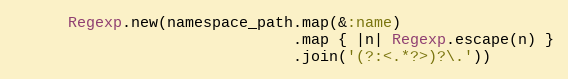
Language: Ruby
      Regexp.new(namespace_path.map(&:name)
                               .map { |n| Regexp.escape(n) }
                               .join('(?:<.*?>)?\.'))